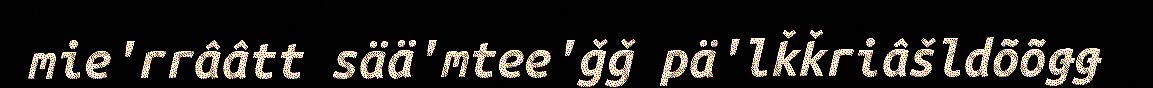
mie'rrââtt sää'mtee'ǧǧ pä'lǩǩriâšldõõǥǥ